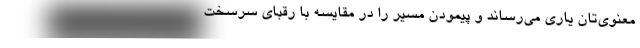
معنوی‌تان یاری می‌رساند و پیمودن مسیر را در مقایسه با رقبای سرسخت